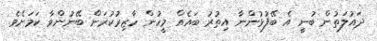
ދައުލަތުން ބުނީ އެ ބޭފުޅުންނާ އިތުރު ބައެއް މީހުން ހާޒިރުކުރަން ބޭނުންވާ ކަމަށެވެ.